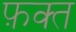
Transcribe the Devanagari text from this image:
फ़क्‍त